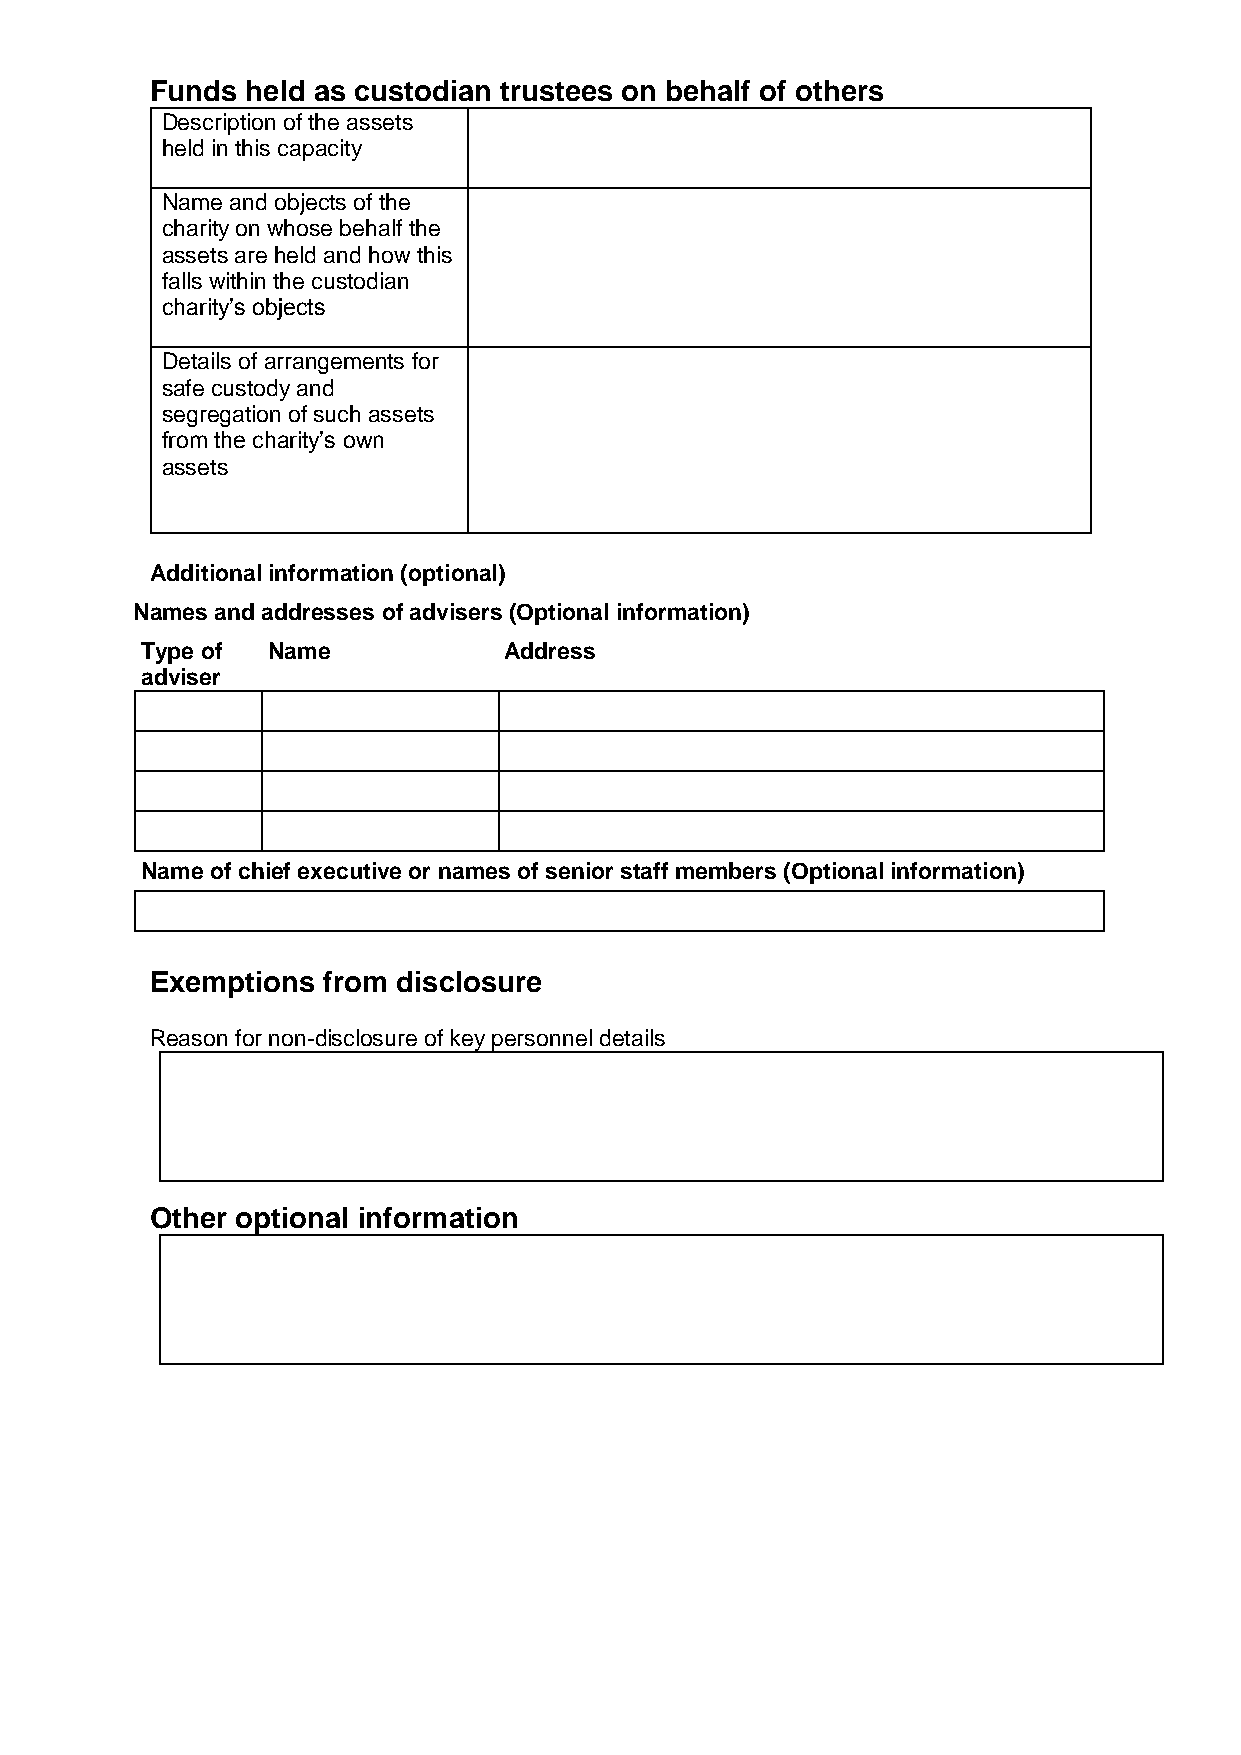
Funds held as custodian trustees on behalf of others
 Description of the assets
 held in this capacity
 Name and objects of the
 charity on whose behalf the
 assets are held and how this
 falls within the custodian
 charity’s objects
 Details of arrangements for
 safe custody and
 segregation of such assets
 from the charity’s own
 assets
 Additional information (optional)
 Names and addresses of advisers (Optional information)
 Type of  Name           Address
 adviser
 Name of chief executive or names of senior staff members (Optional information)
 Exemptions from disclosure
 Reason for non-disclosure of key personnel details
 Other optional information